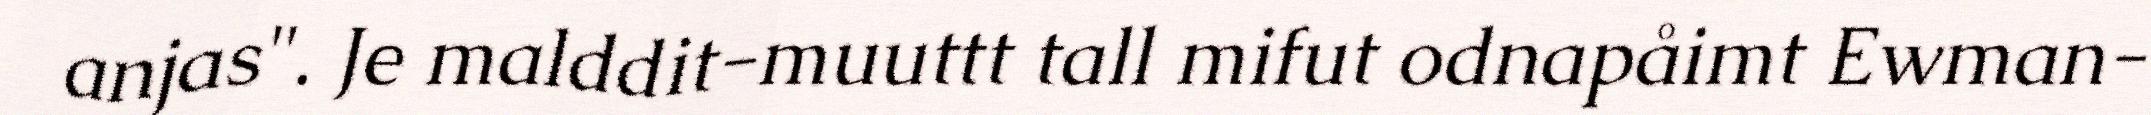
anjas". Je malddit-muuttt tall mifut odnapåimt Ewman-